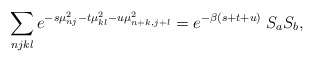
\begin{align*}\sum_{njkl} e^{-s\mu^2_{nj} - t\mu^2_{kl} - u\mu^2_{n+k,j+l}}= e^{-\beta (s+t+u)} \; S_aS_b,\end{align*}